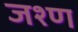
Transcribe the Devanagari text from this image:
जश्ण